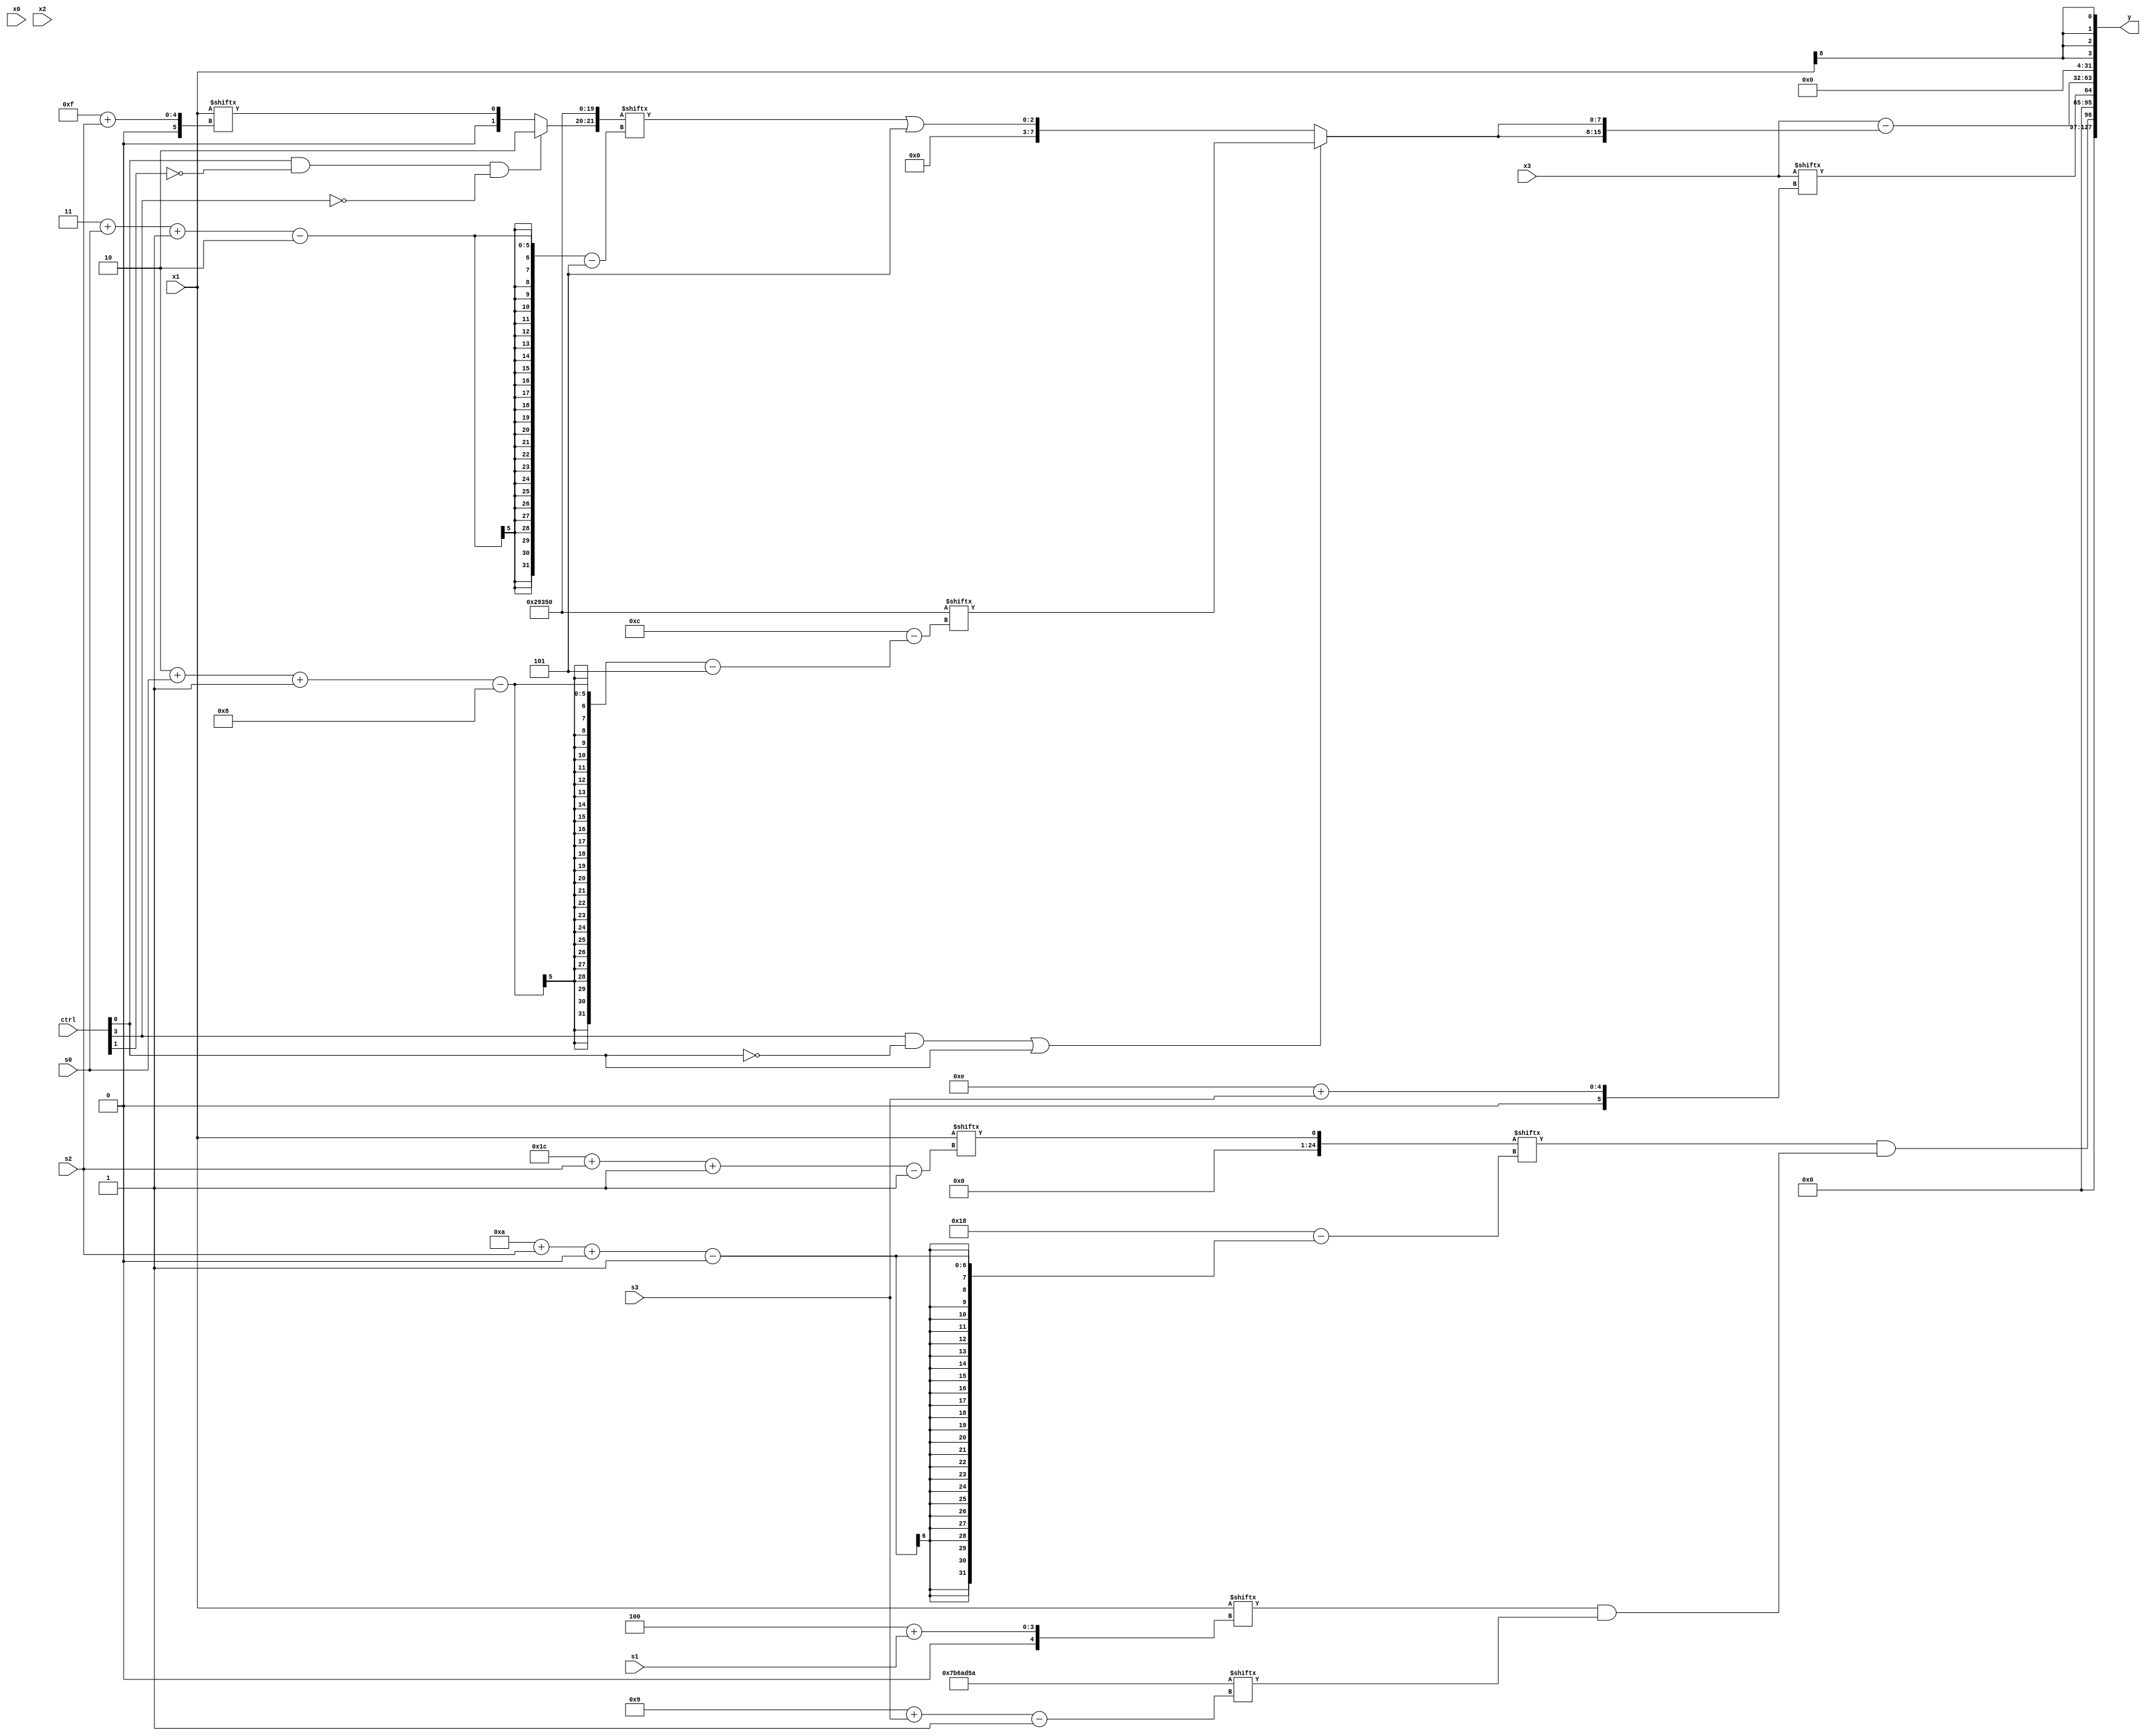
module partsel_00896(ctrl, s0, s1, s2, s3, x0, x1, x2, x3, y);
  input [3:0] ctrl;
  input [2:0] s0;
  input [2:0] s1;
  input [2:0] s2;
  input [2:0] s3;
  input [31:0] x0;
  input signed [31:0] x1;
  input signed [31:0] x2;
  input signed [31:0] x3;
  wire [1:25] x4;
  wire [24:2] x5;
  wire [4:24] x6;
  wire [31:4] x7;
  wire [26:5] x8;
  wire signed [28:7] x9;
  wire [0:29] x10;
  wire [24:0] x11;
  wire [5:26] x12;
  wire signed [27:3] x13;
  wire [7:26] x14;
  wire signed [29:4] x15;
  output [127:0] y;
  wire signed [31:0] y0;
  wire signed [31:0] y1;
  wire [31:0] y2;
  wire signed [31:0] y3;
  assign y = {y0,y1,y2,y3};
  localparam [0:25] p0 = 180326830;
  localparam signed [28:1] p1 = 666283354;
  localparam signed [31:5] p2 = 712076829;
  localparam signed [5:24] p3 = 70423376;
  assign x4 = x1[28 + s2 -: 1];
  assign x5 = p3[28 + s0 +: 1];
  assign x6 = {2{{2{x1[8 +: 1]}}}};
  assign x7 = x4[10 + s2 +: 1];
  assign x8 = {{2{(ctrl[0] && !ctrl[1] && !ctrl[3] ? {{p0[12], x3[19 +: 2]}, p1[17 -: 3]} : x1[15 + s2])}}, p3};
  assign x9 = (p1[18 +: 2] & p2[17 +: 1]);
  assign x10 = (p1[23 -: 2] | {({2{p3[21 -: 1]}} | p1[16 +: 1]), ((ctrl[1] || ctrl[0] && !ctrl[1] ? (ctrl[2] && !ctrl[2] && !ctrl[0] ? x2[20] : (x2[23 + s2 -: 4] & p1)) : (x1[14 +: 1] & p0)) | p0[20])});
  assign x11 = ((p3[11 +: 3] - x6) ^ {(!ctrl[0] && ctrl[1] && !ctrl[1] ? ((p1 ^ p0[14]) & (ctrl[3] || !ctrl[1] || ctrl[1] ? p2[14 -: 2] : x8[21 -: 3])) : x5), p1[12 + s1]});
  assign x12 = (x10 - ({({(x4[15 + s0 +: 4] | p0[19 + s0 +: 4]), ((p1[3 + s0 -: 5] + p2) ^ p3[20 -: 3])} | {2{p2[10 + s1 +: 5]}}), x8[14]} & (!ctrl[0] && !ctrl[0] && ctrl[0] ? {(p2[23] - (p0[13 +: 2] ^ x9[19 -: 2])), (p0[0 + s0 +: 5] ^ x10[9 +: 2])} : ((p1[12 -: 1] ^ p1) & x0[17 + s2]))));
  assign x13 = x7[18 -: 2];
  assign x14 = x11;
  assign x15 = (x7 - {2{x7}});
  assign y0 = (x7 & (x1[4 + s1] & p1[9 + s3]));
  assign y1 = x3[14 + s3];
  assign y2 = {2{(x3 - {2{(ctrl[3] && !ctrl[0] || ctrl[0] ? p3[2 + s0 -: 8] : (x8[3 + s0 -: 2] | p1[14 +: 4]))}})}};
  assign y3 = x6;
endmodule